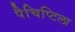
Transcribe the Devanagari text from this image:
पैचिप्टिला